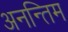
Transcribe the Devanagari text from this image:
अनन्तिम